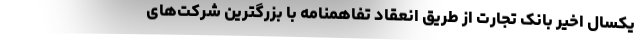
یکسال اخیر بانک تجارت از طریق انعقاد تفاهمنامه با بزرگترین شرکت‌های